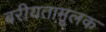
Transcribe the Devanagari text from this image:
बरीयतामूलक